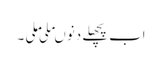
اب پچھلے دنوںمِلی ملی ۔